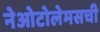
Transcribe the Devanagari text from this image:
नेओटोलेमसची